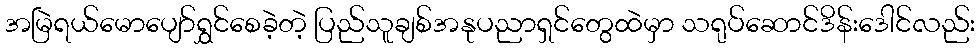
အမြဲရယ်မောပျော်ရွှင်စေခဲ့တဲ့ ပြည်သူချစ်အနုပညာရှင်တွေထဲမှာ သရုပ်ဆောင်ဒိန်းဒေါင်လည်း